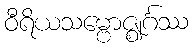
ဝီရိယသမ္ဗောဇ္ဈင်္ဂဿ